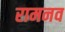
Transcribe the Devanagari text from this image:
रामनव